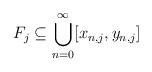
LaTeX: \begin{align*} F_j \subseteq \bigcup_{n=0}^\infty [x_{n,j},y_{n,j}]\end{align*}